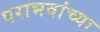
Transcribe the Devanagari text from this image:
पराभवांच्या